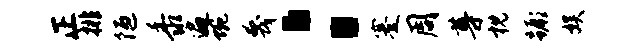
正排陋黍遍蜿蔑：蹇周尊枕蹶娱